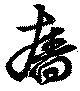
廧